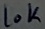
Text: 10K